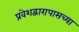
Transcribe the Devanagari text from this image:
प्रवेशद्वारापासच्या